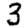
Digit: 3